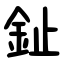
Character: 䤠